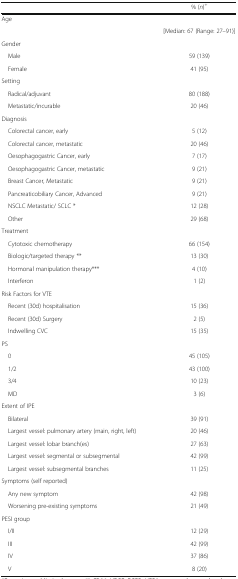
<table><thead><tr><td></td><td><b>% (<i>n</i>)<sup>+</sup></b></td></tr></thead><tbody><tr><td colspan="2">Age</td></tr><tr><td></td><td>[Median: 67 (Range: 27–91)]</td></tr><tr><td colspan="2">Gender</td></tr><tr><td> Male</td><td>59 (139)</td></tr><tr><td> Female</td><td>41 (95)</td></tr><tr><td colspan="2">Setting</td></tr><tr><td> Radical/adjuvant</td><td>80 (188)</td></tr><tr><td> Metastatic/incurable</td><td>20 (46)</td></tr><tr><td colspan="2">Diagnosis</td></tr><tr><td> Colorectal cancer, early</td><td>5 (12)</td></tr><tr><td> Colorectal cancer, metastatic</td><td>20 (46)</td></tr><tr><td> Oesophagogastric Cancer, early</td><td>7 (17)</td></tr><tr><td> Oesophagogastric Cancer, metastatic</td><td>9 (21)</td></tr><tr><td> Breast Cancer, Metastatic</td><td>9 (21)</td></tr><tr><td> Pancreaticobiliary Cancer, Advanced</td><td>9 (21)</td></tr><tr><td> NSCLC Metastatic/ SCLC *</td><td>12 (28)</td></tr><tr><td> Other</td><td>29 (68)</td></tr><tr><td colspan="2">Treatment</td></tr><tr><td> Cytotoxic chemotherapy</td><td>66 (154)</td></tr><tr><td> Biologic/targeted therapy **</td><td>13 (30)</td></tr><tr><td> Hormonal manipulation therapy***</td><td>4 (10)</td></tr><tr><td> Interferon</td><td>1 (2)</td></tr><tr><td colspan="2">Risk Factors for VTE</td></tr><tr><td> Recent (30d) hospitalisation</td><td>15 (36)</td></tr><tr><td> Recent (30d) Surgery</td><td>2 (5)</td></tr><tr><td> Indwelling CVC</td><td>15 (35)</td></tr><tr><td colspan="2">PS</td></tr><tr><td> 0</td><td>45 (105)</td></tr><tr><td> 1/2</td><td>43 (100)</td></tr><tr><td> 3/4</td><td>10 (23)</td></tr><tr><td> MD</td><td>3 (6)</td></tr><tr><td colspan="2">Extent of IPE</td></tr><tr><td> Bilateral</td><td>39 (91)</td></tr><tr><td> Largest vessel: pulmonary artery (main, right, left)</td><td>20 (46)</td></tr><tr><td> Largest vessel: lobar branch(es)</td><td>27 (63)</td></tr><tr><td> Largest vessel: segmental or subsegmental</td><td>42 (99)</td></tr><tr><td> Largest vessel: subsegmental branches</td><td>11 (25)</td></tr><tr><td colspan="2">Symptoms (self reported)</td></tr><tr><td> Any new symptom</td><td>42 (98)</td></tr><tr><td> Worsening pre-existing symptoms</td><td>21 (49)</td></tr><tr><td colspan="2">PESI group</td></tr><tr><td> I/II</td><td>12 (29)</td></tr><tr><td> III</td><td>42 (99)</td></tr><tr><td> IV</td><td>37 (86)</td></tr><tr><td> V</td><td>8 (20)</td></tr></tbody></table>